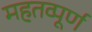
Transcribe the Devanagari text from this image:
महतव्पूर्ण